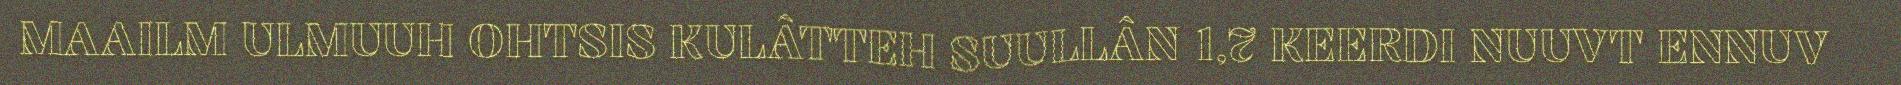
MAAILM ULMUUH OHTSIS KULÂTTEH SUULLÂN 1,7 KEERDI NUUVT ENNUV